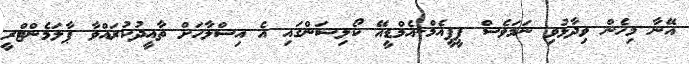
އޭނާ މިހެން ވިދާޅުވި ނަމަވެސް ޕީޕީއެމް-އެމްޑީއޭ ކޯލިޝަންގައި އެ އިސްލާހަށް ތާއީދުކުރައްވާ ޕާލަމެންޓްރީ